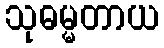
သုဓမ္မတာယ